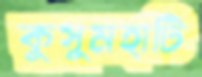
কুসুমহাটি